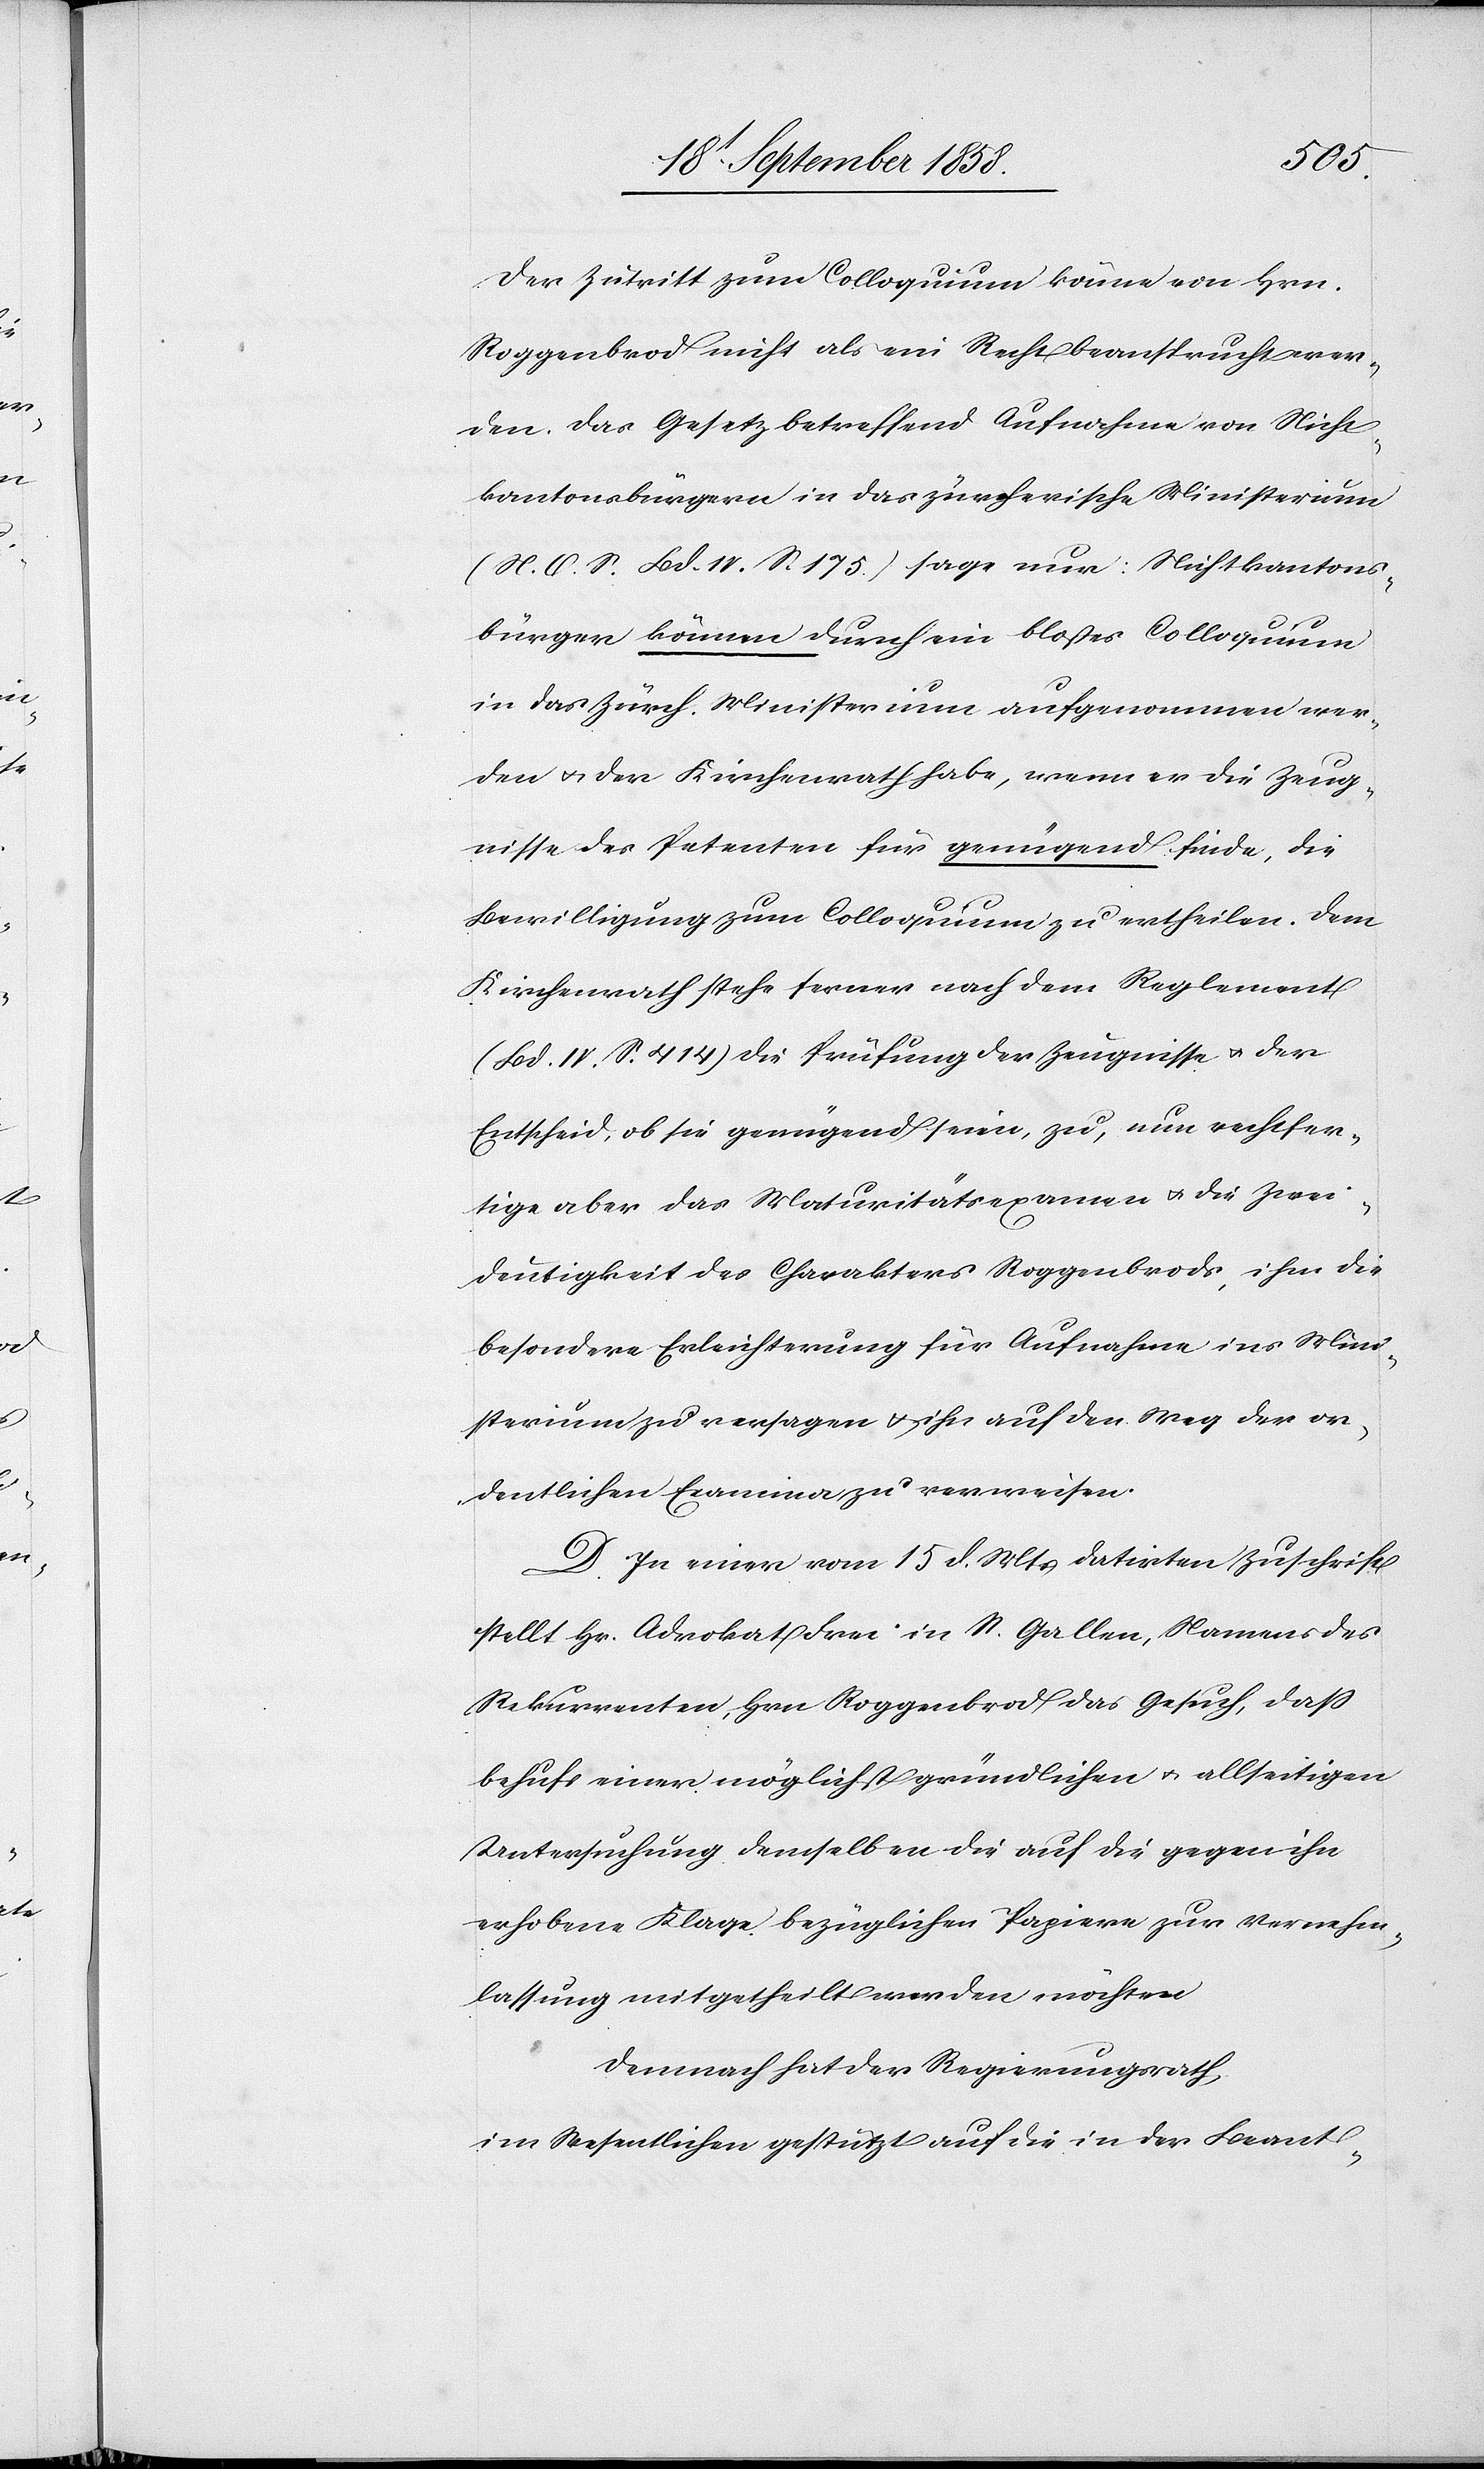
Der Zutritt zum Colloquium könne von Hrn.
Roggenbrod nicht als ein Recht beansprucht wer¬
den. Das Gesetz betreffend Aufnahme von Nicht¬
kantonsbürgern in das zürcherische Ministerium
(N. O. S. Bd. IV. S. 175.) sage nur: Nichtkantons¬
bürger können durch ein bloßes Colloquium
in das Zürch. Ministerium aufgenommen wer¬
den & der Kirchenrath habe, wenn er die Zeug¬
nisse des Petenten für genügend finde, die
Bewilligung zum Colloquium zu ertheilen. Dem
Kirchenrath stehe ferner nach dem Reglement
(Bd. IV. S. 414) die Prüfung der Zeugnisse & der
Entscheid, ob sie genügend seien, zu, nun rechtfer¬
tige aber das Maturitätsexamen & die Zwei¬
deutigkeit des Charakters Roggenbrods, ihm die
besondere Erleichterung für Aufnahme ins Mini¬
sterium zu versagen & ihn auf den Weg der or¬
dentlichen Examina zu verweisen.
D. In einer vom 15 d. Mts datirten Zuschrift
stellt Hr. Advokat Frei in St. Gallen, Namens des
Rekurrenten, Hrn. Roggenbrod das Gesuch, daß
behufs einer möglichst gründlichen & allseitigen
Untersuchung demselben die auf die gegen ihn
erhobene Klage bezüglichen Papiere zur Vernehm¬
lassung mitgetheilt werden möchten
Demnach hat der Regierungsrath,
im Wesentlichen gestützt auf die in der Beant-